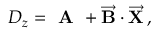
D _ { z } = \textbf { A } + \overrightarrow { \mathbf { B } } \cdot \overrightarrow { \mathbf { X } } \, ,